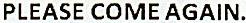
PLEASE COME AGAIN.